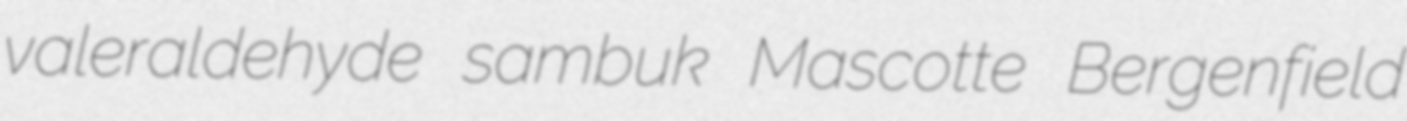
valeraldehyde sambuk Mascotte Bergenfield